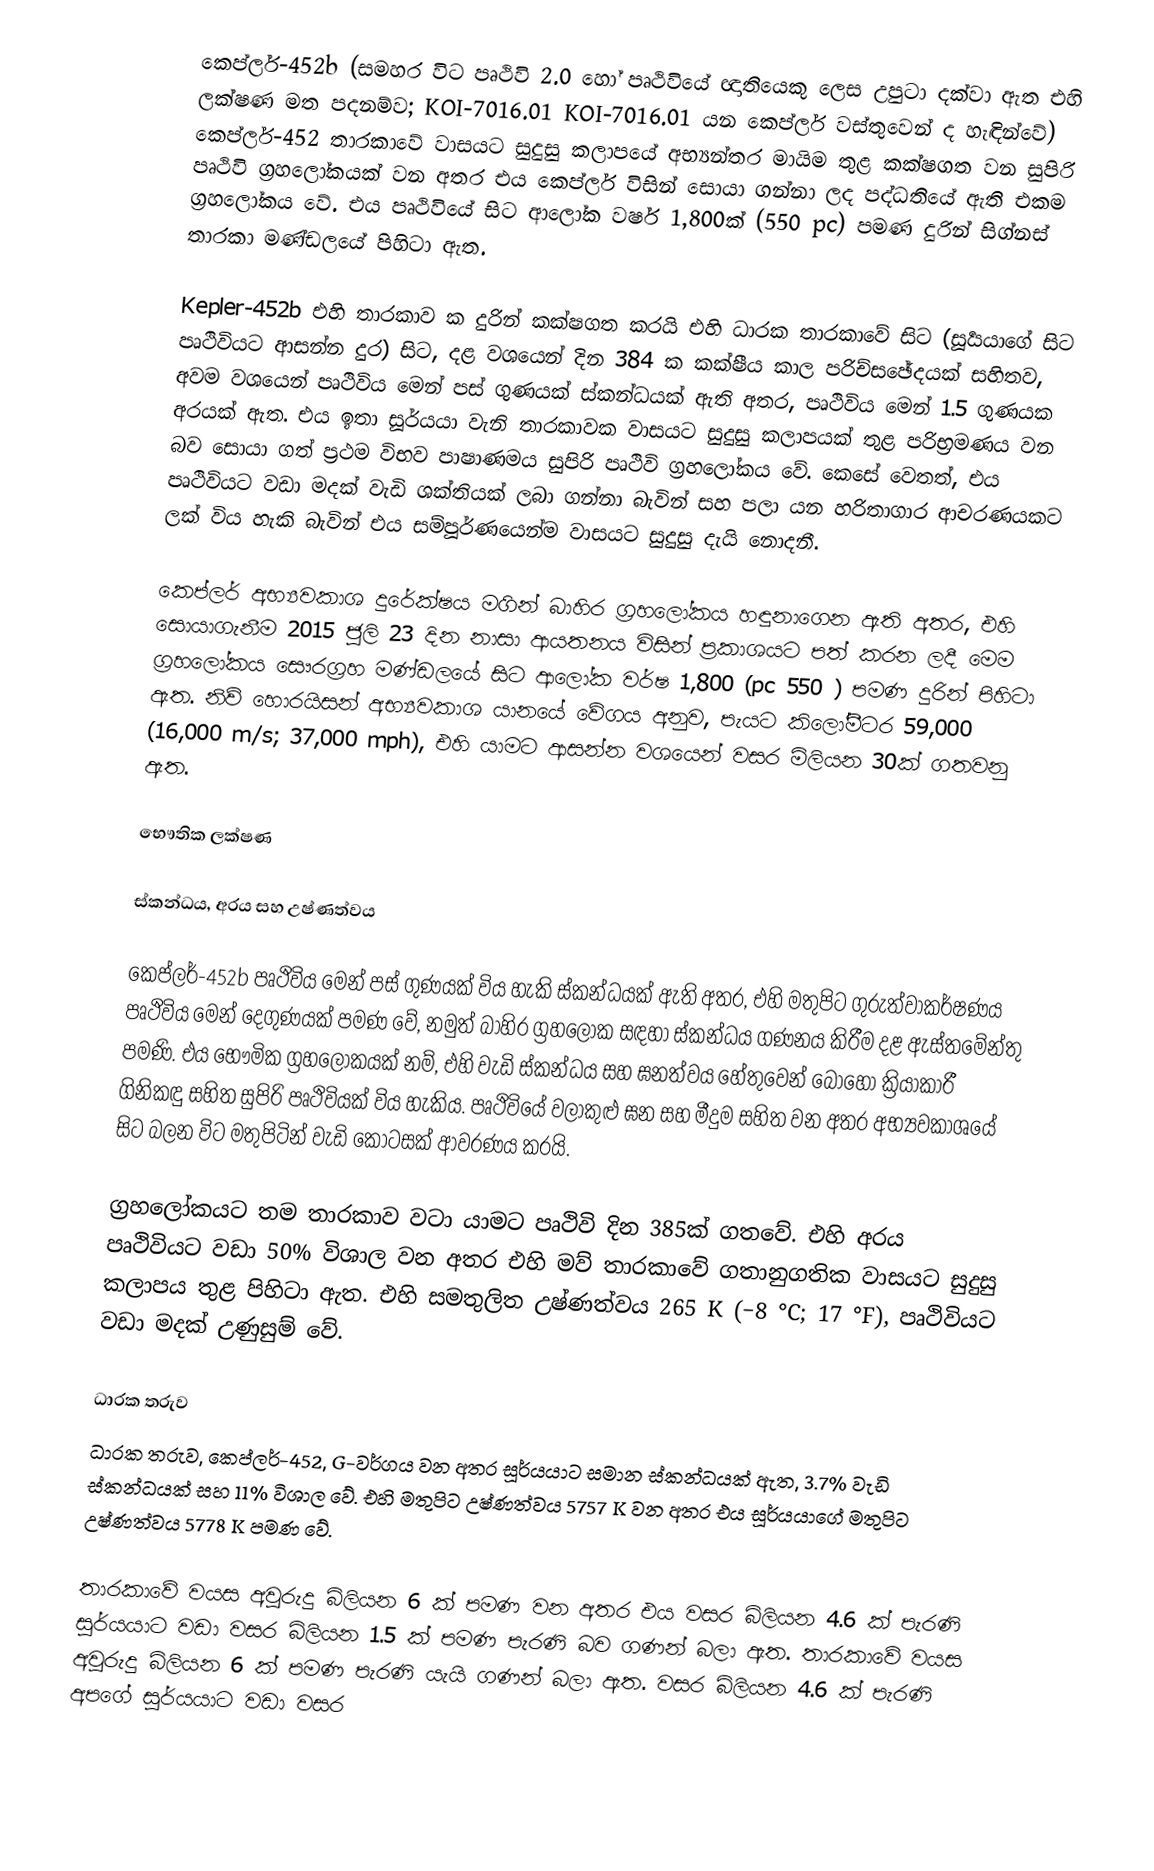
කෙප්ලර්-452b (සමහර විට පෘථිවි 2.0 හෝ පෘථිවියේ ඥාතියෙකු ලෙස උපුටා දක්වා ඇත   එහි ලක්ෂණ මත පදනම්ව; KOI-7016.01 KOI-7016.01 යන කෙප්ලර් වස්තුවෙන් ද හැඳින්වේ) කෙප්ලර්-452 තාරකාවේ වාසයට සුදුසු කලාපයේ අභ්‍යන්තර මායිම තුළ කක්ෂගත වන සුපිරි පෘථිවි ග්‍රහලෝකයක් වන අතර එය කෙප්ලර් විසින් සොයා ගන්නා ලද පද්ධතියේ ඇති එකම ග්‍රහලෝකය වේ.  එය පෘථිවියේ සිට ආලෝක වර්ෂ 1,800ක් (550 pc) පමණ දුරින් සිග්නස් තාරකා මණ්ඩලයේ පිහිටා ඇත.

Kepler-452b එහි තාරකාව  ක දුරින් කක්ෂගත කරයි එහි ධාරක තාරකාවේ සිට (සූර්‍යයාගේ සිට පෘථිවියට ආසන්න දුර) සිට, දළ වශයෙන් දින 384 ක කක්ෂීය කාල පරිච්සඡේදයක් සහිතව, අවම වශයෙන් පෘථිවිය මෙන් පස් ගුණයක් ස්කන්ධයක් ඇති අතර, පෘථිවිය මෙන් 1.5 ගුණයක අරයක් ඇත. එය ඉතා සූර්යයා වැනි තාරකාවක වාසයට සුදුසු කලාපයක් තුළ පරිභ්‍රමණය වන බව සොයා ගත් ප්‍රථම විභව පාෂාණමය සුපිරි පෘථිවි  ග්‍රහලෝකය වේ.  කෙසේ වෙතත්, එය පෘථිවියට වඩා මදක් වැඩි ශක්තියක් ලබා ගන්නා බැවින් සහ පලා යන හරිතාගාර ආචරණයකට ලක් විය හැකි බැවින් එය සම්පූර්ණයෙන්ම වාසයට සුදුසු දැයි නොදනී.

කෙප්ලර් අභ්‍යවකාශ දුරේක්ෂය මගින් බාහිර ග්‍රහලෝකය හඳුනාගෙන ඇති අතර, එහි සොයාගැනීම 2015 ජූලි 23 දින නාසා ආයතනය විසින් ප්‍රකාශයට පත් කරන ලදී  මෙම ග්‍රහලෝකය සෞරග්‍රහ මණ්ඩලයේ සිට ආලෝක වර්ෂ 1,800 (pc 550 ) පමණ දුරින් පිහිටා ඇත. නිව් හොරයිසන් අභ්‍යවකාශ යානයේ වේගය අනුව, පැයට කිලෝමීටර 59,000 (16,000 m/s; 37,000 mph), එහි යාමට ආසන්න වශයෙන් වසර මිලියන 30ක් ගතවනු ඇත.

භෞතික ලක්ෂණ

ස්කන්ධය, අරය සහ උෂ්ණත්වය

කෙප්ලර්-452b පෘථිවිය මෙන් පස් ගුණයක් විය හැකි ස්කන්ධයක් ඇති අතර, එහි මතුපිට ගුරුත්වාකර්ෂණය පෘථිවිය මෙන් දෙගුණයක් පමණ වේ, නමුත් බාහිර ග්‍රහලෝක සඳහා ස්කන්ධය ගණනය කිරීම දළ ඇස්තමේන්තු පමණි.  එය භෞමික ග්‍රහලෝකයක් නම්, එහි වැඩි ස්කන්ධය සහ ඝනත්වය හේතුවෙන් බොහෝ ක්‍රියාකාරී ගිනිකඳු සහිත සුපිරි පෘථිවියක් විය හැකිය. පෘථිවියේ වලාකුළු ඝන සහ මීදුම සහිත වන අතර අභ්‍යවකාශයේ සිට බලන විට මතුපිටින් වැඩි කොටසක් ආවරණය කරයි.

ග්‍රහලෝකයට තම තාරකාව වටා යාමට පෘථිවි දින 385ක් ගතවේ.  එහි අරය පෘථිවියට වඩා 50% විශාල වන අතර එහි මව් තාරකාවේ ගතානුගතික වාසයට සුදුසු කලාපය තුළ පිහිටා ඇත.   එහි සමතුලිත උෂ්ණත්වය 265 K (−8 °C; 17 °F), පෘථිවියට වඩා මදක් උණුසුම් වේ.

ධාරක තරුව
ධාරක තරුව, කෙප්ලර්-452, G-වර්ගය වන අතර සූර්යයාට සමාන ස්කන්ධයක් ඇත, 3.7% වැඩි ස්කන්ධයක් සහ 11% විශාල වේ. එහි මතුපිට උෂ්ණත්වය 5757 K වන අතර එය සූර්යයාගේ මතුපිට උෂ්ණත්වය 5778 K පමණ වේ.

තාරකාවේ වයස අවුරුදු බිලියන 6 ක් පමණ වන අතර එය වසර බිලියන 4.6 ක් පැරණි සූර්යයාට වඩා වසර බිලියන 1.5 ක් පමණ පැරණි බව ගණන් බලා ඇත.   තාරකාවේ වයස අවුරුදු බිලියන 6 ක් පමණ පැරණි යැයි ගණන් බලා ඇත. වසර බිලියන 4.6 ක් පැරණි අපගේ සූර්යයාට වඩා වසර